Scottish Leaving Certificate Examination, 1951
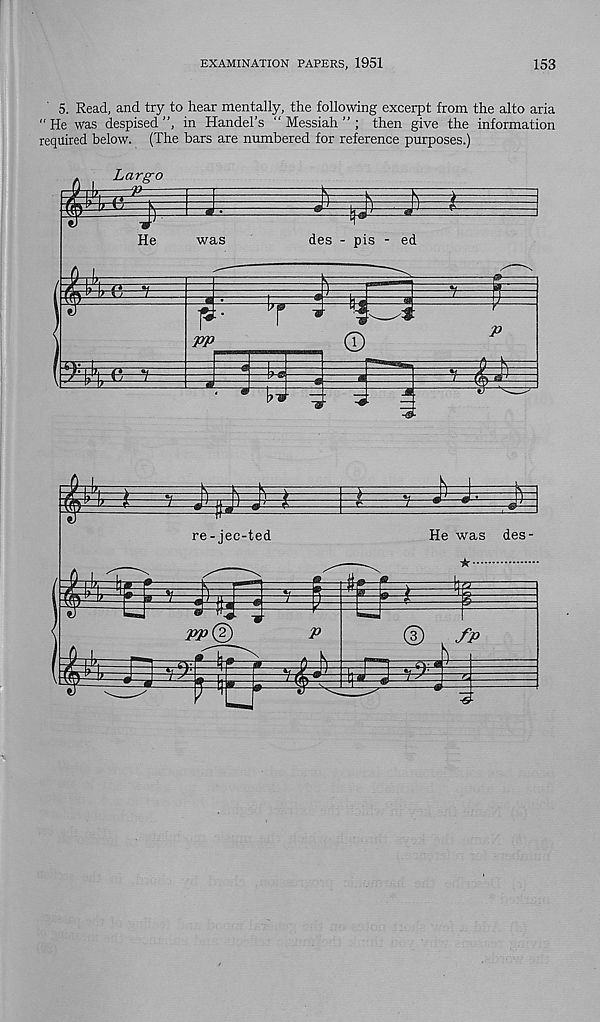
EXAMINATION PAPERS, 1951
153
5. Read, and try to hear mentally, the following excerpt from the alto aria
“ He was despised ”, in Handel’s “ Messiah ” ; then give the information
required below. (The bars are numbered for reference purposes.)